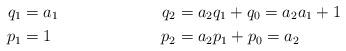
LaTeX: \begin{align*}q_1&=a_1 &q_2&=a_2q_1+q_0=a_2a_1+1\\p_1&=1 &p_2&=a_2p_1+p_0=a_2 \end{align*}